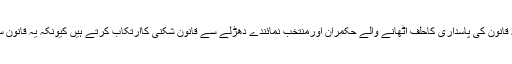
انہوں نے کہا کہ قانون کی پاسداری کاحلف اٹھانے والے حکمران اورمنتخب نمائندے دھڑلے سے قانون شکنی کاارتکاب کرتے ہیں کیونکہ یہ قانون سے نہیں ڈرتے ۔